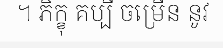
។ ភិក្ខុ គប្បី ចម្រើន នូវ